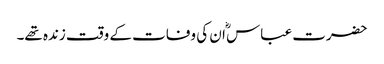
حضرت عباس ؓا ن کی وفات کے وقت زندہ تھے۔